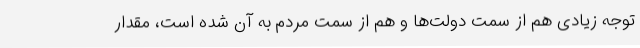
توجه زیادی هم از سمت دولت‌ها و هم از سمت مردم به آن شده‌ است، مقدار